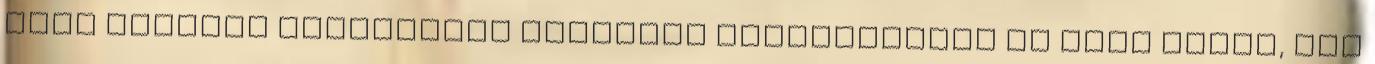
hogy ezáltal törlesszék karmikus adósságaikat az ősök iránt, ami